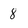
Character: 8